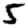
Digit: 5